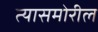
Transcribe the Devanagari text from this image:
त्यासमोरील